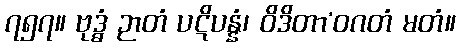
၇၅၇။ ဗုဒ္ဓံ ဉာတံ ပဋိပန္နံ၊ ဝိဒိတာ’ဝဂတံ မတံ။